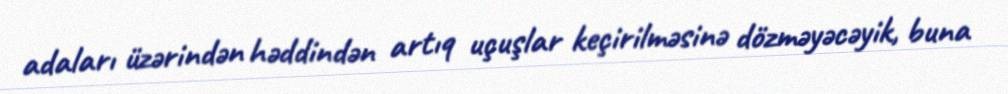
adaları üzərindən həddindən artıq uçuşlar keçirilməsinə dözməyəcəyik, buna